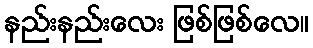
နည်းနည်းလေး ဖြစ်ဖြစ်လေ။